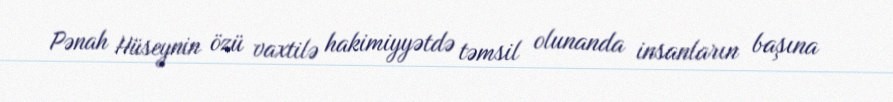
Pənah Hüseynin özü vaxtilə hakimiyyətdə təmsil olunanda insanların başına